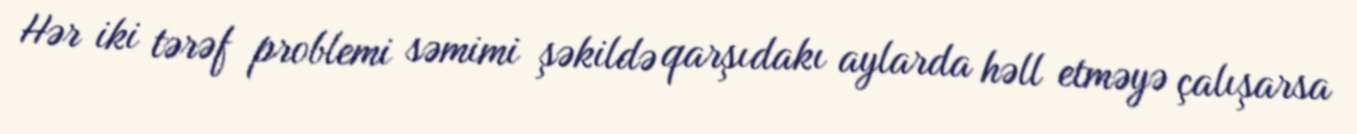
Hər iki tərəf problemi səmimi şəkildə qarşıdakı aylarda həll etməyə çalışarsa